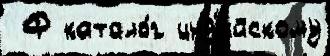
 Ф катало́г инд'и́йскому